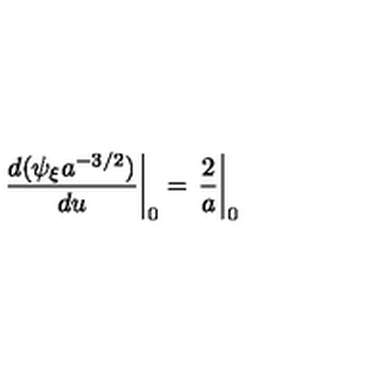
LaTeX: \left. \frac { d ( \psi _ { \xi } a ^ { - 3 / 2 } ) } { d u } \right| _ { 0 } = \left. \frac { 2 } { a } \right| _ { 0 }